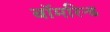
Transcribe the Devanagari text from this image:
बॉमरिन्ड